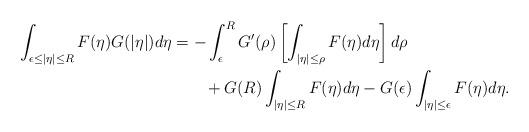
LaTeX: \begin{align*}\int_{\epsilon\leq|\eta|\leq R}F(\eta)G(|\eta|)d\eta & =-\int_{\epsilon}^{R}G'(\rho)\left[\int_{|\eta|\leq\rho}F(\eta)d\eta\right]d\rho \\ & \qquad+G(R)\int_{|\eta|\leq R}F(\eta)d\eta-G(\epsilon)\int_{|\eta|\leq\epsilon}F(\eta)d\eta. \end{align*}